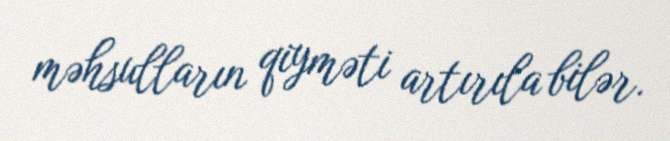
məhsulların qiyməti artırıla bilər.